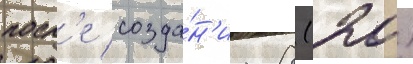
посл'е созда́н'иа 8 (20)